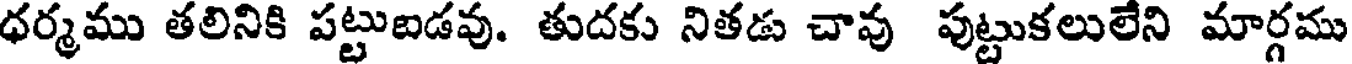
ధర్మము తలినికి పట్టుబడవు. తుదకు నితడు చావ పుట్టుకలులేని మార్గము